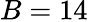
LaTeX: B=14